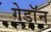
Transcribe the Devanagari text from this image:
गेडाॅन